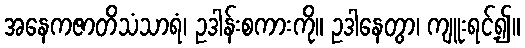
အနေကဇာတိသံသာရံ၊ ဥဒါန်းစကားကို။ ဥဒါနေတွာ၊ ကျူးရင့်၍။